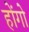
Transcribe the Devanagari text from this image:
होंगो